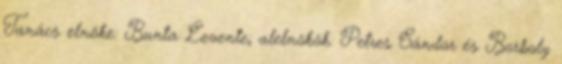
Tanács elnöke: Bunta Levente; alelnökök: Petres Sándor és Borboly